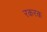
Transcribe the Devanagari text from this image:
रकरक